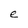
Character: e